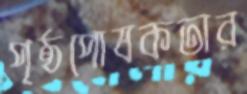
পৃষ্ঠপোষকতার